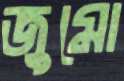
জুমো